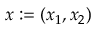
\boldsymbol { x } : = ( x _ { 1 } , x _ { 2 } )